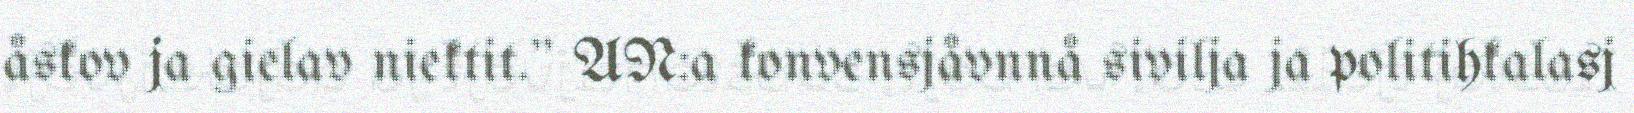
åskov ja gielav niektit." AN:a konvensjåvnnå sivilja ja politihkalasj